Annual report on the lock hospitals of the Madras Presidency
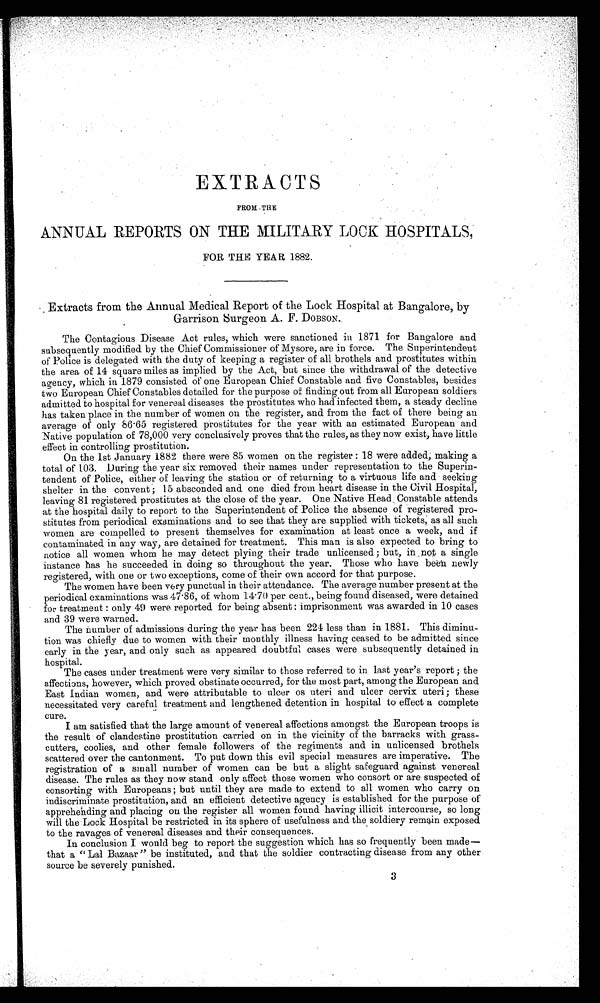
EXTRACTS
FROM THE
ANNUAL REPORTS ON THE MILITARY LOCK HOSPITALS,
FOR THE YEAR 1882.
Extracts from the Annual Medical Report of the Lock Hospital at Bangalore, by
Garrison Surgeon A. F. DOBSON.
The Contagious Disease Act rules, which were sanctioned in 1871 for Bangalore and
subsequently modified by the Chief Commissioner of Mysore, are in force. The Superintendent
of Police is delegated with the duty of keeping a register of all brothels and prostitutes within
the area of 14 square miles as implied by the Act, but since the withdrawal of the detective
agency, which in 1879 consisted of one European Chief Constable and five Constables, besides
two European Chief Constables detailed for the purpose of finding out from all European soldiers
admitted to hospital for venereal diseases the prostitutes who had infected them, a steady decline
has taken place in the number of women on the register, and from the fact of there being an
average of only 86.65 registered prostitutes for the year with an estimated European and
Native population of 78,000 very conclusively proves that the rules, as they now exist, have little
effect in controlling prostitution.
On the 1st January 1882 there were 85 women on the register : 18 were added; making a
total of 103. During the year six removed their names under representation to the Superin-
tendent of Police, either of leaving the station or of returning to a virtuous life and seeking
shelter in the convent ; 15 absconded and one died from heart disease in the Civil Hospital,
leaving 81 registered prostitutes at the close of the year. One Native Head Constable attends
at the hospital daily to report to the Superintendent of Police the absence of registered pro-
stitutes from periodical examinations and to see that they are supplied with tickets; as all such
women are compelled to present themselves for examination at least once a week, and if
contaminated in any way, are detained for treatment. This man is also expected to bring to
notice all women whom he may detect plying their trade unlicensed ; but, in not a single
instance has he succeeded in doing so throughout the year. Those who have been newly
registered, with one or two exceptions, come of their own accord for that purpose.
The women have been very punctual in their attendance. The average number present at the
periodical examinations was 47.86, of whom 14.70 per cent., being found diseased, were detained
for treatment : only 49 were reported for being absent : imprisonment was awarded in 10 cases
and 39 were warned.
The number of admissions during the year has been 224 less than in 1881. This diminu-
tion was chiefly due to women with their monthly illness having ceased to be admitted since
early in the year, and only such as appeared doubtful cases were subsequently detained in
hospital.
The cases under treatment were very similar to those referred to in last year's report ; the
affections, however, which proved obstinate occurred, for the most part, among the European and
East Indian women, and were attributable to ulcer os uteri and ulcer cervix uteri; these
necessitated very careful treatment and lengthened detention in hospital to effect a complete
cure.
I am satisfied that the large amount of venereal affections amongst the European troops is
the result of clandestine prostitution carried on in the vicinity of the barracks with grass-
cutters, coolies, and other female followers of the regiments and in unlicensed brothel's
scattered over the cantonment. To put down this evil special measures are imperative. The
registration of a small number of women can be but a slight safeguard against venereal
disease. The rules as they now stand only affect those women who consort or are suspected of
consorting with Europeans ; but until they are made to extend to all women who carry on
indiscriminate prostitution, and an efficient detective agency is established for the purpose of
apprehending and placing on the register all women found having illicit intercourse, so long
will the Lock Hospital be restricted in its sphere of usefulness and the soldiery remain exposed
to the ravages of venereal diseases and their consequences.
In conclusion I would beg to report the suggestion which has so frequently been made —
that a " Lal Bazaar " be instituted, and that the soldier contracting disease from any other
source be severely punished.
3